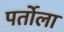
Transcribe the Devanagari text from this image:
पर्तोला